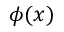
\phi ( x )